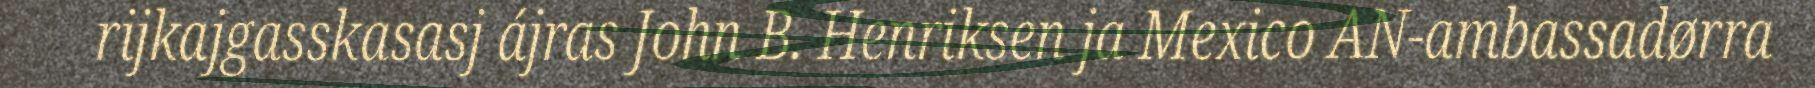
rijkajgasskasasj ájras John B. Henriksen ja Mexico AN-ambassadørra